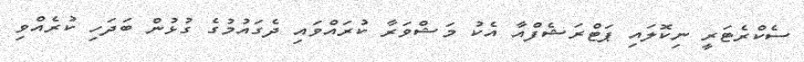
ސެކްރެޓަރީ ނިކޮލައި ޕަޓްރަޝެފްއާ އެކު މަޝްވަރާ ކުރައްވައި ދެގައުމުގެ ގުޅުން ބަދަހި ކުރެއްވި